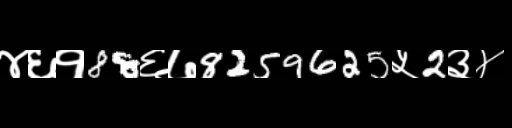
Text: ४६१88६७8259625५2३४